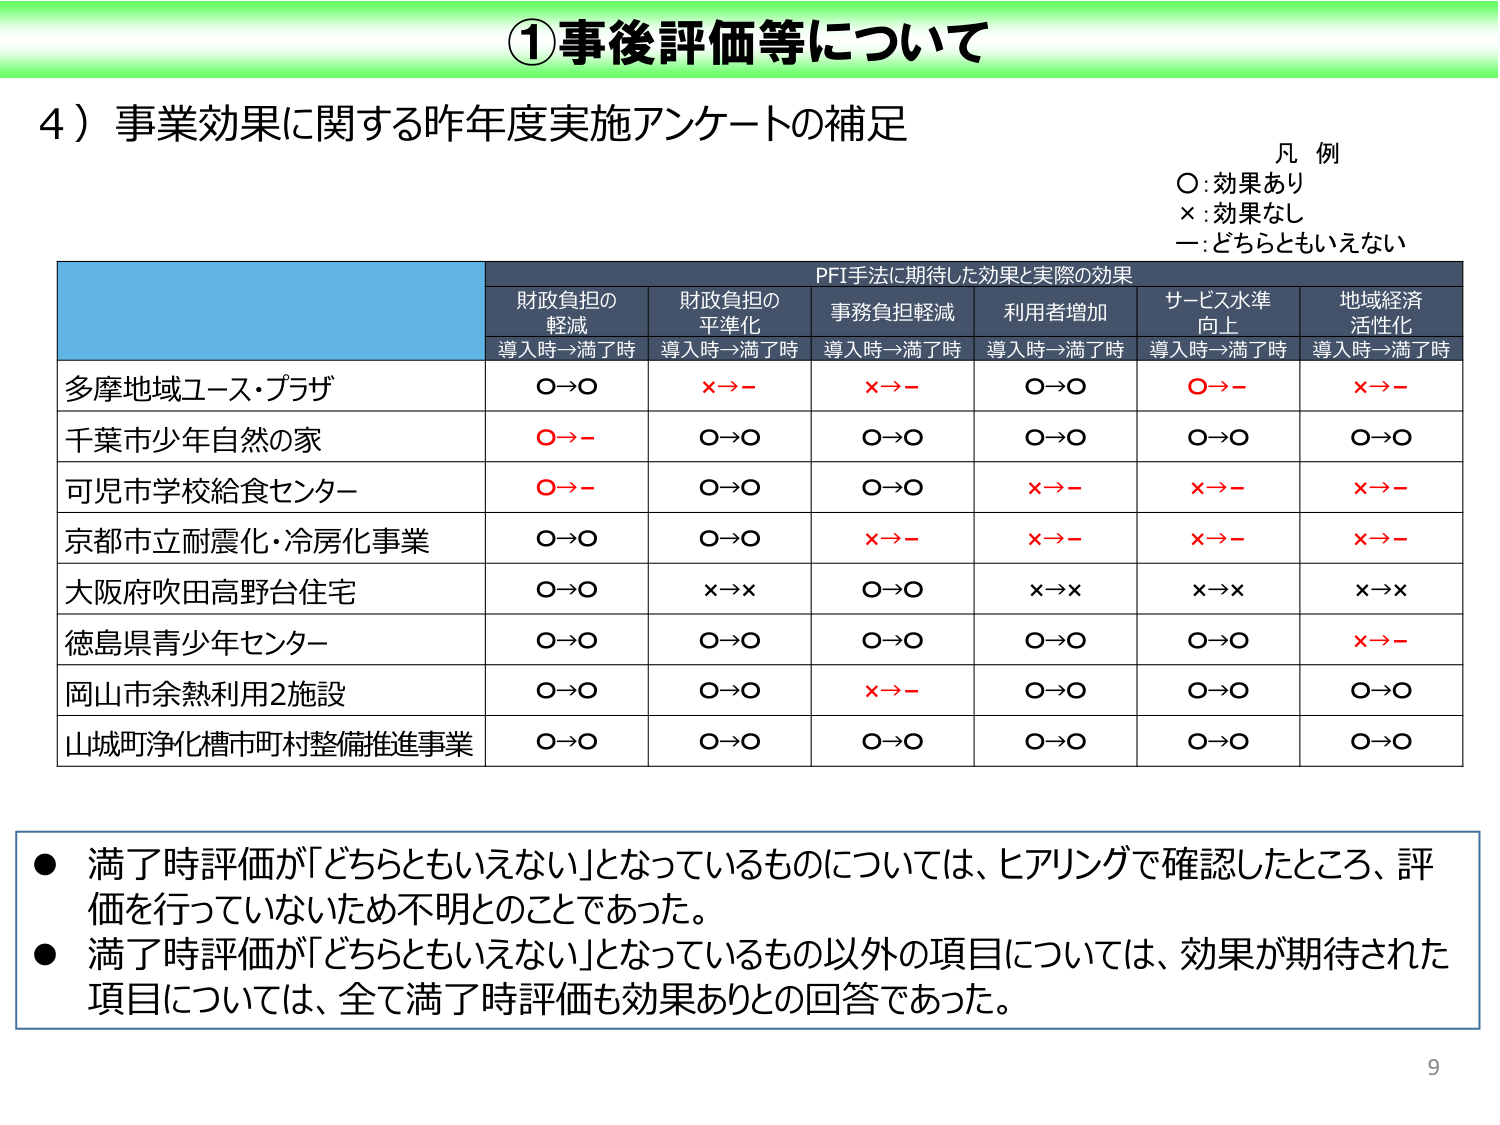
①事後評価等について

4）事業効果に関する昨年度実施アンケートの補足

凡例
○：効果あり
×：効果なし
－：どちらともいえない

PFI手法に期待した効果と実際の効果
財政負担の軽減　導入時→満了時
財政負担の平準化　導入時→満了時
事務負担軽減　導入時→満了時
利用者増加　導入時→満了時
サービス水準向上　導入時→満了時
地域経済活性化　導入時→満了時

多摩地域ユース・プラザ　○→○　×→－　×→－　○→○　○→－　×→－
千葉市少年自然の家　○→－　○→○　○→○　○→○　○→○　○→○
可児市学校給食センター　○→－　○→○　○→○　×→－　×→－　×→－
京都市立耐震化・冷房化事業　○→○　○→○　×→－　×→－　×→－　×→－
大阪府吹田高野台住宅　○→○　×→×　○→○　×→×　×→×　×→×
徳島県青少年センター　○→○　○→○　○→○　○→○　○→○　×→－
岡山市余熱利用2施設　○→○　○→○　×→－　○→○　○→○　○→○
山城町浄化槽市町村整備推進事業　○→○　○→○　○→○　○→○　○→○　○→○

●満了時評価が「どちらともいえない」となっているものについては、ヒアリングで確認したところ、評価を行っていなかったため不明とのことであった。
●満了時評価が「どちらともいえない」となっているもの以外の項目については、効果が期待された項目については、全て満了時評価も効果ありとの回答であった。

9